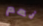
نعم